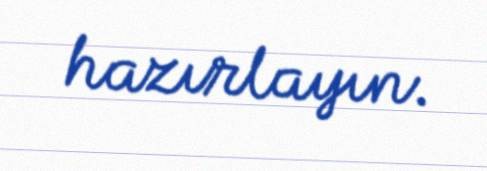
hazırlayın.